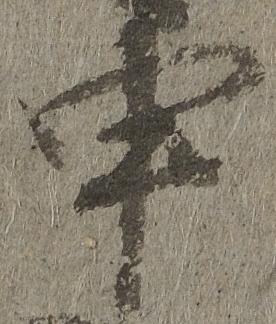
申